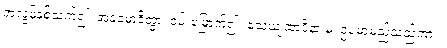
အလွန်နှစ်သက်၍။ အနုမောဒိတွာ၊ ဝမ်းမြောက်၍။ သေယျထာပိနာ မ၊ ဥပမာမည်သည်ကား။